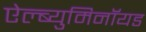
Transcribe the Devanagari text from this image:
ऐल्ब्युमिनॉयड